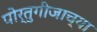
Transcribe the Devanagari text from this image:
पोर्तुगीजाच्या